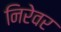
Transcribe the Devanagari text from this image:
निरेवर